system: You are a helpful assistant.
user:
Analyze the provided spectrum to determine if it is a **M-type Giant (gM)**.

A M-type Giant spectrum is defined by its **strong molecular absorption** features, particularly from **Titanium Oxide (TiO)**. You must check for one of the following mutually exclusive signatures:

- **Key Visual Indicators (Absorption-Dominated Spectrum):**

    - **(Primary):** The spectrum is dominated by strong molecular absorption from **Titanium Oxide (TiO)**. This is the **defining feature** of its M-type temperature class.
        - **(Key Bandheads):** Look for sharp, "saw-tooth" absorption valleys. The strongest are located near **~7050 Å**, **~6160 Å**, and **~5170 Å**.
        - **(Line Profile):** The "saw-tooth" morphology is critical: a **sharp, steep drop on the BLUE (short-wavelength) side** of the bandhead, followed by a gradual recovery (rising flux) towards the RED (long-wavelength) side.

    - **(Key Confirmation - Giant vs. Dwarf):** **ABSENCE** of strong **Calcium Hydride (CaH)** molecular bands. This is the primary diagnostic for *excluding* M-dwarfs.
        - **(Key Region):** The spectrum should lack the strong, broad absorption band seen in dwarfs between **~6800 Å and ~7000 Å**.

    - **(Secondary Confirmation - Giant):** A very strong and broad **Neutral Calcium (Ca I)** atomic absorption line.
        - **(Key Line):** Located at **~4226 Å**. In a giant (gM), this line is significantly deeper and broader than the same line in an M-dwarf (dM) due to low surface gravity.

    - **(Overall Spectrum):**
        - The continuum is **extremely red-sloping** (i.e., flux is very low in the blue and rises dramatically towards the red).
        - The entire spectrum appears "chopped up" by the deep TiO bands.

Think first, call **spectral_visualization_tool** if needed to examine features in detail, then provide your final answer. Your response must adhere to the following strict rules:
1.  **Overall Structure:** Your response must follow the format `<think>...</think> <tool_call>...</tool_call> (if a tool is used) <answer>...</answer>`.
2.  **Tool Usage Constraint:** You may only make **one** tool call per turn.
3.  **Final Answer Format:** In the `<answer>` tag, your conclusion must be inside a `\boxed{}` command (e.g., `\boxed{YES}` or `\boxed{NO}`), followed by your justification.

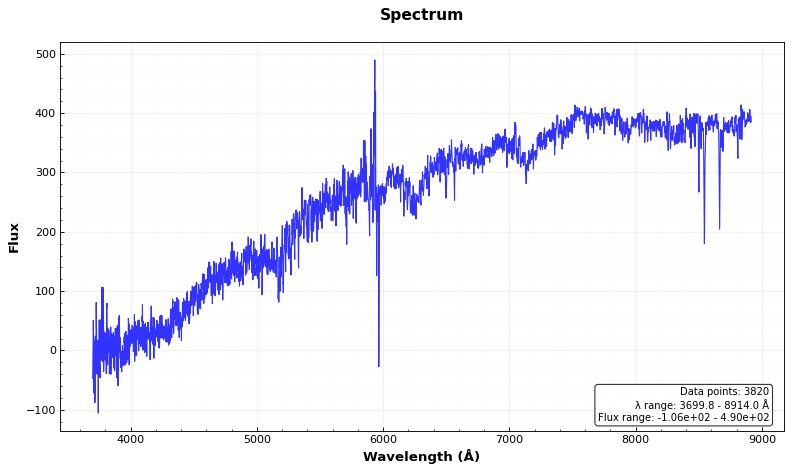
Answer: NO